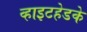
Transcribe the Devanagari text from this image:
व्हाइटहेडके